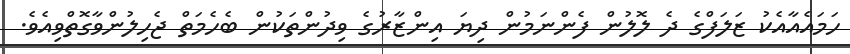
ހަމައެއާއެކު ޒަލަފްގެ ދެ ލޮލުން ފެންނަމުން ދިޔަ އިންޒާރުގެ ވިދުންތަކުން ބެހެމަތް ޖެހިލުންވާގޮތްވިއެވެ.